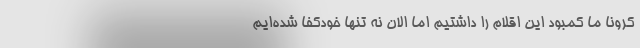
کرونا ما کمبود این اقلام را داشتیم اما الان نه تنها خودکفا شده‌ایم